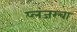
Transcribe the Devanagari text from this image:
प्लंजरचा